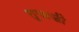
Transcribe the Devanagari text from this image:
तुपाशी